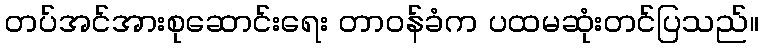
တပ်အင်အားစုဆောင်းရေး တာဝန်ခံက ပထမဆုံးတင်ပြသည်။